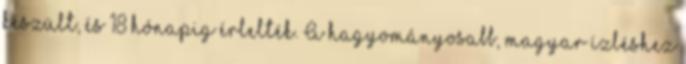
készült, és 18 hónapig érlelték. A hagyományosabb, magyar ízléshez